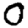
Digit: 0